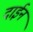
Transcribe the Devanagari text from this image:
दाईन